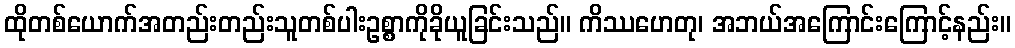
ထိုတစ်ယောက်အတည်းတည်းသူတစ်ပါးဥစ္စာကိုခိုယူခြင်းသည်။ ကိဿဟေတု၊ အဘယ်အကြောင်းကြောင့်နည်း။